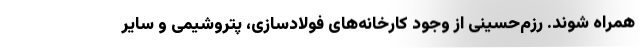
همراه شوند. رزم‌حسینی از وجود کارخانه‌های فولادسازی، پتروشیمی و سایر